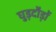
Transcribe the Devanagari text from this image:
घुड़दौड़ों